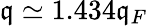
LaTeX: \mathfrak{q}\simeq1.434\mathfrak{q}_{F}